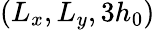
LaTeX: (L_{x},L_{y},3h_{0})